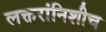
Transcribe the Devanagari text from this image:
लक्तरांनिशीच